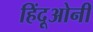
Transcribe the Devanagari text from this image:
हिंदूओनी